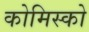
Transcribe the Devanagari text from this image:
कोमिस्को